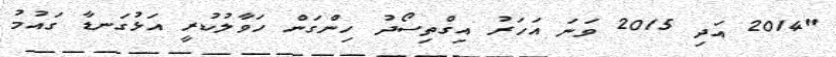
"2014 އަދި 2015 ވަނަ އަހަރު އިގްތިސޯދު ހިންގަން ހަވާލުކުރީ އަޅުގަނޑާ ގައުމު